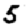
Digit: 5